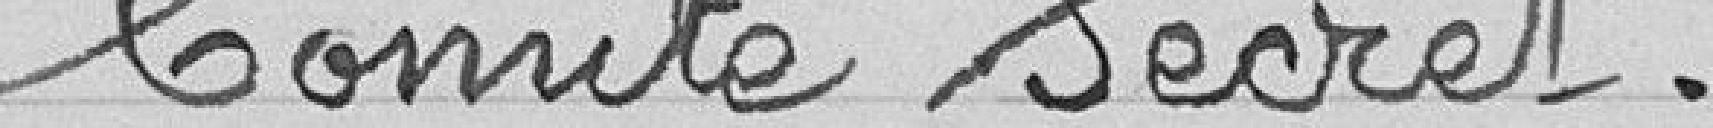
Comité secret.